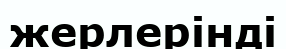
жерлерінді